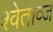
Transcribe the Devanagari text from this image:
श्वेताव्ज